Vaccination United Provinces of Agra and Oudh 1902-1913 - 1902-1913
Year: 1902
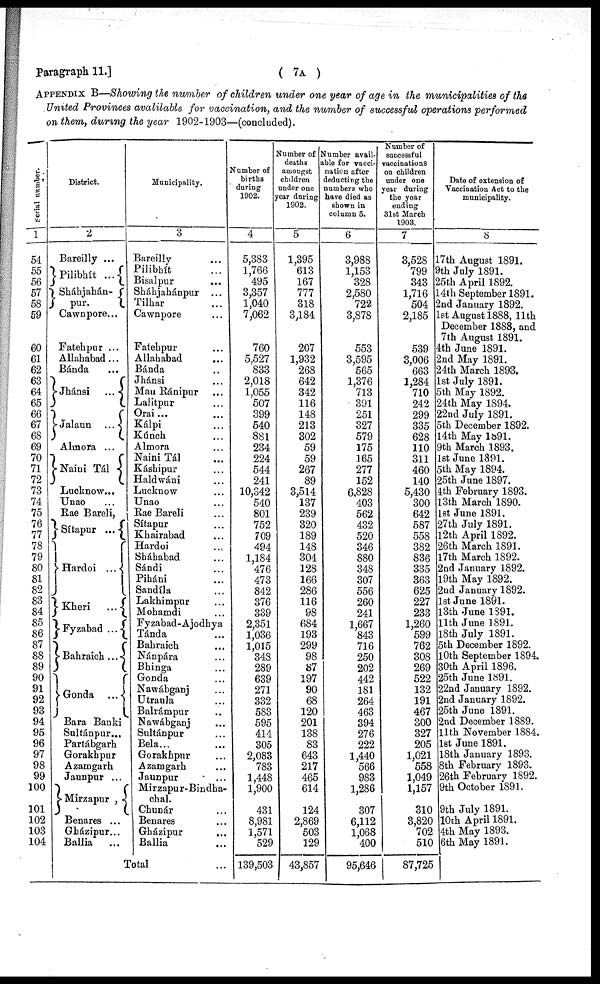
Paragraph 11.]
( 7A )
APPENDIX B—Showing the number of children under one year of age in the municipalities of the
United Provinces avalilable for vaccination, and the number of successful operations performed
on them, during the year 1902-1903—(concluded).
Serial number.
1
54
55
56
57
58
59
60
61
62
63
64
65
66
67
68
69
70
71
72
73
74
75
76
77
78
79
80
81
82
83
84
85
86
87
88
89
90
91
92
93
94
95
96
97
98
99
100
101
102
103
104
District.
2
Bareilly ...
Pilibhít
...
Sháhjahán-
pur.
Cawnpore...
Fatehpur ...
Allahabad...
Bánda ...
Jhánsi
...
Jalaun
...
Almora ...
Naini Tál
Lucknow...
Unao ...
Rae Bareli,
Sítapur
...
Hardoi
...
Kheri
...
Fyzabad
...
Bahraich ...
Gonda
...
Bara Banki
Sultánpur...
Partábgarh
Gorakhpur
Azamgarh
Jaunpur ...
Mirzapur ,
Benares ...
Gházipur...
Ballia ...
Municipality.
3
Bareilly ...
Pilibhít ...
Bisalpur ...
Sháhjahánpur ...
Tilhar ...
Cawnpore ...
Fatehpur ...
Allahabad ...
Bánda ...
Jhánsi ...
Mau Ránipur ...
Lalitpur ...
Orai ...
Kálpi ...
Kúnch ...
Almora ...
Naini Tál ...
Káshipur ...
Haldwáni ...
Lucknow ...
Unao ...
Rae Bareli ...
Sítapur ...
Khairabad ...
Hardoi ...
Sháhabad ...
Sándi ...
Piháni ...
Sandíla ...
Lakhimpur ...
Mohamdi ...
Fyzabad-Ajodhya
Tánda ...
Bahraich ...
Nánpára ...
Bhinga ...
Gonda ...
Nawábganj ...
Utraula ...
Balrámpur ...
Nawábganj ...
Sultápur ...
Bela...
Gorakhpur ...
Azamgarh ...
Jaunpur
...
Mirzapur-Bindha-
chal.
Chunár ...
Benares ...
Gházipur ...
Ballia ...
Total ...
Number of
births
during
1902.
4
5,383
1,766
495
3,357
1,040
7,062
760
5,527
833
2,018
1,055
507
399
540
881
234
224
544
241
10,342
540
801
752
709
494
1,184
476
473
842
376
339
2,351
1,036
1,015
348
289
639
271
332
583
595
414
305
2,083
783
1,448
1,900
431
8,981
1,571
529
139,503
Number of
deaths
amongst
children
under one
year during
1902.
5
1,395
613
167
777
318
3,184
207
1,932
268
642
342
116
148
213
302
59
59
267
89
3,514
137
239
320
189
148
304
128
166
286
116
98
684
193
299
98
87
197
90
68
120
201
138
83
643
217
465
614
124
2,869
503
129
43,857
Number avail-
able for vacci-
nation after
deducting the
numbers who
have died as
shown in
column 5.
6
3,988
1,153
328
2,580
722
3,878
553
3,595
565
1,376
713
391
251
327
579
175
165
277
152
6,828
403
562
432
520
346
880
348
307
556
260
241
1,667
843
716
250
202
442
181
264
463
394
276
222
1,440
566
983
1,286
307
6,112
1,068
400
95,646
Number of
successful
vaccinations
on children
under one
year during
the year
ending
31st March
1903.
7
3,528
799
343
1,716
504
2,185
539
3,006
663
1,284
710
242
299
335
628
110
311
460
140
5,430
300
642
587
558
382
836
335
363
625
227
233
1,260
599
762
308
269
522
132
191
467
300
327
205
1,021
558
1,049
1,157
310
3,820
702
510
87,725
Date of extension of
Vaccination Act to the
municipality.
8
17th August 1891.
9th July 1891.
25th April 1892.
14th September 1891.
2nd January 1892.
1st August 1888, 11th
December 1888, and
7th August 1891.
4th June 1891.
2nd May 1891.
24th March 1893.
1st July 1891.
5th May 1892.
24th May 1894.
22nd July 1891.
5th December 1892.
14th May 1891.
9th March 1893.
1st June 1891.
5th May 1894.
25th June 1897.
4th February 1893.
13th March 1890.
1st June 1891.
27th July 1891.
12th April 1892.
26th March 1891.
17th March 1892.
2nd January 1892.
19th May 1892.
2nd January 1892.
1st June 1891.
13th June 1891.
11th June 1891.
18th July 1891.
5th December 1892.
10th September 1894.
30th April 1896.
25th June 1891.
22nd January 1892.
2nd January 1892.
25th June 1891.
2nd December 1889.
11th November 1884.
1st June 1891.
18th January 1893.
8th February 1893.
26th February 1892.
9th October 1891.
9th July 1891.
10th April 1891.
4th May 1893.
6th May 1891.